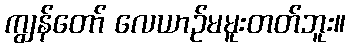
ကျွန်တော် လေယာဉ်မမူးတတ်ဘူး။